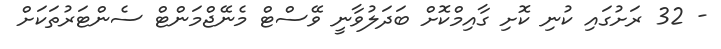
- 32 ރަށުގައި ކުނި ކޮށި ގާއިމްކޮށް ބަދަލުވާނީ ވޭސްޓް މެނޭޖްމަންޓް ސެންޓަރުތަކަށް